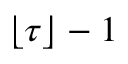
\lfloor \tau \rfloor - 1